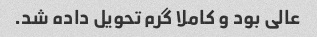
عالی بود و کاملا گرم تحویل داده شد.